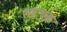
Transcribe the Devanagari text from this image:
सहचक्र